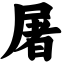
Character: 屠